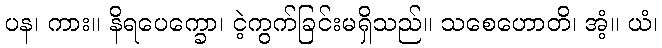
ပန၊ ကား။ နိရပေက္ခော၊ ငဲ့ကွက်ခြင်းမရှိသည်။ သစေဟောတိ၊ အံ့။ ယံ၊